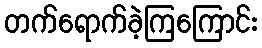
တက်ရောက်ခဲ့ကြကြောင်း